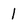
Character: 1